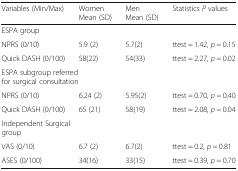
| Variables (Min/Max) | Women Mean (SD) | Men Mean (SD) | Statistics P values |
 | --- | --- | --- | --- |
 | <COLSPAN=4> ESPA group |
 | NPRS (0/10) | 5.9 (2) | 5.7(2) | ttest = 1.42, p = 0.15 |
 | Quick DASH (0/100) | 58(22) | 54(33) | ttest = 2.27, p = 0.02 |
 | <COLSPAN=4> ESPA subgroup referred for surgical consultation |
 | NPRS (0/10) | 6.24 (2) | 5.95(2) | ttest = 0.70, p = 0.40 |
 | Quick DASH (0/100) | 65 (21) | 58(19) | ttest = 2.08, p = 0.04 |
 | <COLSPAN=4> Independent Surgical group |
 | VAS (0/10) | 6.7 (2) | 6.7(2) | ttest = 0.2, p = 0.81 |
 | ASES (0/100) | 34(16) | 33(15) | ttest = 0.39, p = 0.70 |